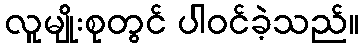
လူမျိုးစုတွင် ပါဝင်ခဲ့သည်။